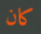
كان